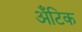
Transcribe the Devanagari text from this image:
अँटिक